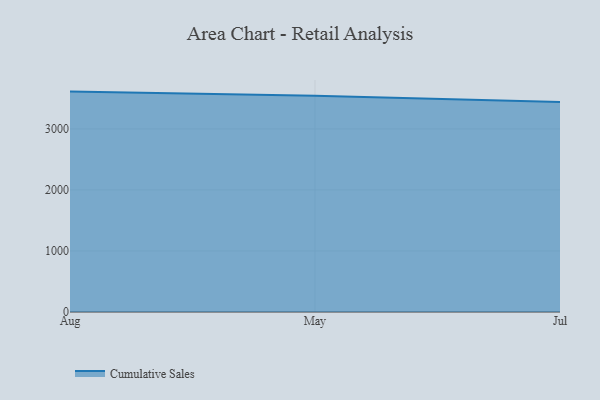
{"axis": {"x": "Month", "y": "Customer Acquisition Cost (USD)"}, "legend": ["Cumulative Sales"], "data": [{"x": "Aug", "y": 3610.8, "type": "Cumulative Sales"}, {"x": "May", "y": 3542.2, "type": "Cumulative Sales"}, {"x": "Jul", "y": 3442.1, "type": "Cumulative Sales"}]}